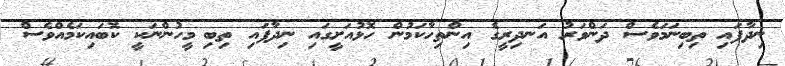
ނިދާފައި ތިބިނަމަވެސް ދަންވަރު އަނދިރީގެ އިންތިހާކަމުން ހޮޅުއަށީގައި ނިދާފައި ތިބި މީހުންނަކީ ކޮބައިކަމެއްވެސް